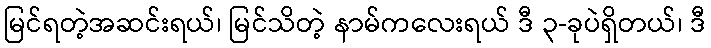
မြင်ရတဲ့အဆင်းရယ်၊ မြင်သိတဲ့ နာမ်ကလေးရယ် ဒီ ၃-ခုပဲရှိတယ်၊ ဒီ